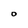
Character: O